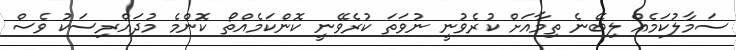
ސަމާލުކަމެއް ލިބޭނެ ތިމާއަށް ކުރެވުނީ ނުވަތަ ކުރެވޭނީ ކޮންކަމެއްތޯ ކޮންމެ މުދައްރިސަކު ވެސް